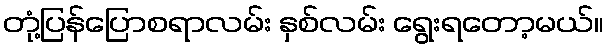
တုံ့ပြန်ပြောစရာလမ်း နှစ်လမ်း ရွေးရတော့မယ်။